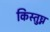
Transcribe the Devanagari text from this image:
किस्तुघ्न